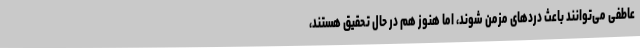
عاطفی می‌توانند باعث دردهای مزمن شوند، اما هنوز هم در حال تحقیق هستند،